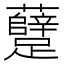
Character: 躠